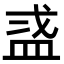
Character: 𬐜